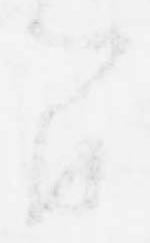
間